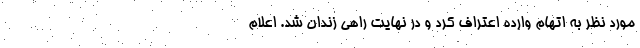
مورد نظر به اتهام وارده اعتراف کرد و در نهایت راهی زندان شد. اعلام